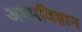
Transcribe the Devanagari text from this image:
अश्मविज्ञान